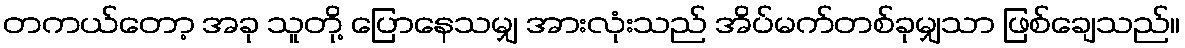
တကယ်တော့ အခု သူတို့ ပြောနေသမျှ အားလုံးသည် အိပ်မက်တစ်ခုမျှသာ ဖြစ်ချေသည်။